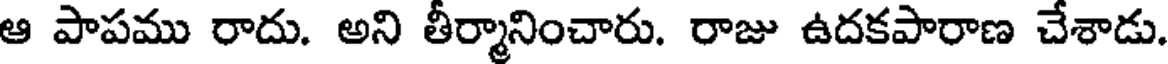
ఆ పాపము రాదు. అని తీర్మానించారు. రాజు ఉదకపారాణ చేశాడు.